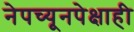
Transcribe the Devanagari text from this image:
नेपच्यूनपेक्षाही